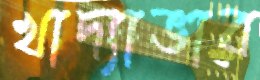
খাদ্যাভাব